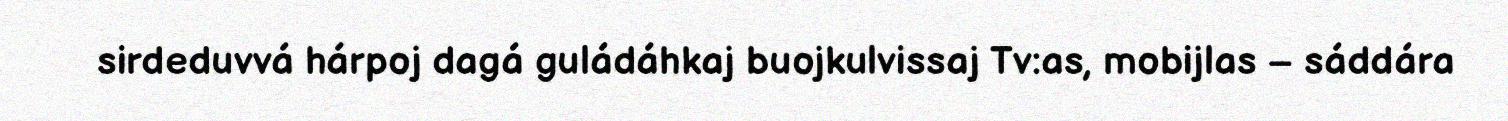
sirdeduvvá hárpoj dagá guládáhkaj buojkulvissaj Tv:as, mobijlas – sáddára